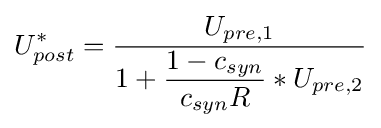
U_{post}^{*}={\dfrac {U_{pre,1}}{1+{\dfrac {1-c_{syn}}{c_{syn}R}}*U_{pre,2}}}